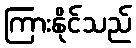
ကြားနိုင်သည်